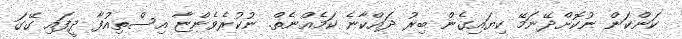
ކަންކަން ނުކޮށްދޭނަމޭ ކިޔައިގެން ބިރު ދައްކާނެ ކަމެއްނެތް. ނުކުރެވެންޏާ އިސްތިއުފާ ދީފައި ގޭގަ